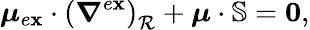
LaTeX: \boldsymbol{\mu}_{e\mathbf{x}}\cdot\left(\boldsymbol{\nabla}^{e\mathbf{x}}\right)_{\mathcal{{R}}}+\boldsymbol{\mu}\cdot\mathbb{{S}}=\boldsymbol{0},